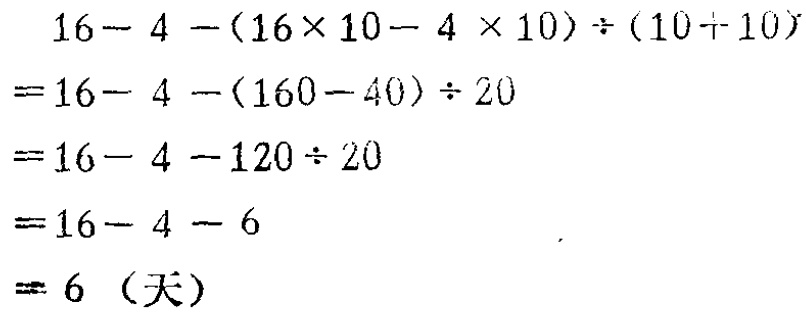
\[
\begin{align*}
&16 - 4 - (16\times10 - 4\times10)\div(10 + 10)\\
=&16 - 4 - (160 - 40)\div20\\
=&16 - 4 - 120\div20\\
=&16 - 4 - 6\\
=&6 \text{（天）}
\end{align*}
\]